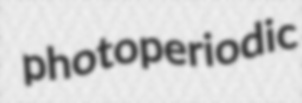
photoperiodic